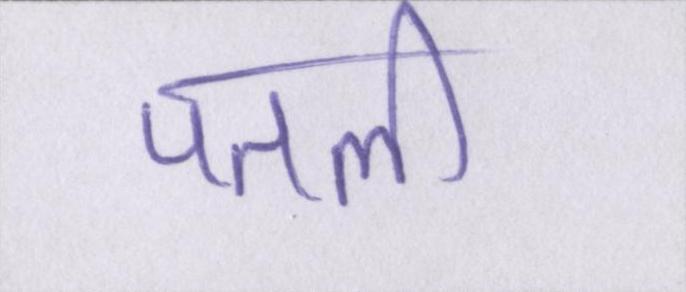
पतली